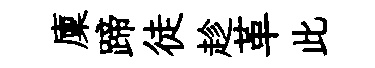
廩蹄徒趁革此